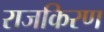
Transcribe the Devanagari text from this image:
राजकिरण